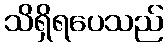
သိရှိရပေသည်